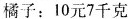
橘子：10元7千克